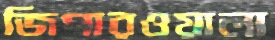
জিপারওয়ালা